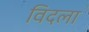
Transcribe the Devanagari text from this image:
विदला